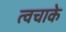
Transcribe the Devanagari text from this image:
त्वचाके